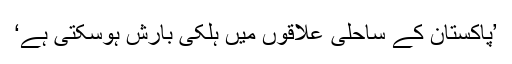
’پاکستان کے ساحلی علاقوں میں ہلکی بارش ہوسکتی ہے‘